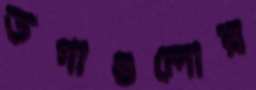
ডগাগুলোর